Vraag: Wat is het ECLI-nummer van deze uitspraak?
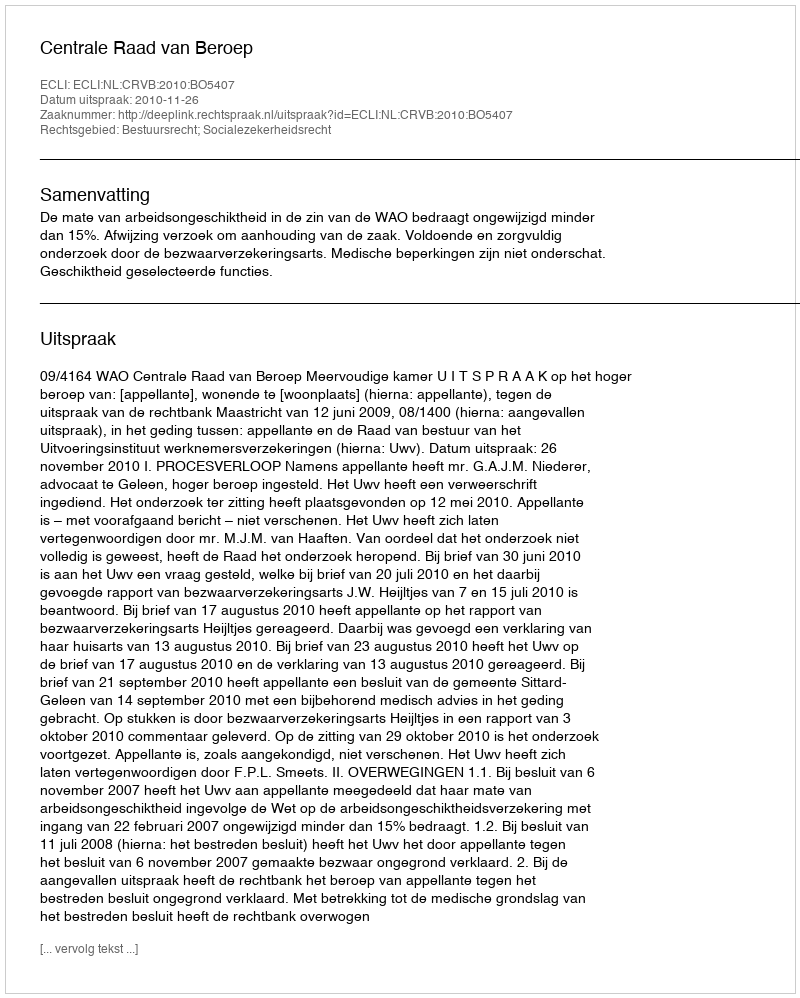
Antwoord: ECLI:NL:CRVB:2010:BO5407